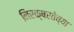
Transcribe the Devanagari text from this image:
निरक्षरतेच्या